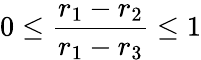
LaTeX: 0\leq\frac{r_{1}-r_{2}}{r_{1}-r_{3}}\leq 1